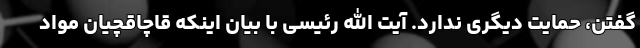
گفتن، حمایت دیگری ندارد. آیت الله رئیسی با بیان اینکه قاچاقچیان مواد